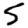
Digit: 5